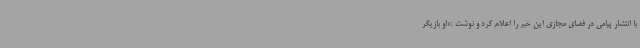
با انتشار پیامی در فضای مجازی این خبر را اعلام کرد و نوشت :«او بازیگر